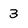
Character: 3